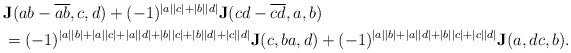
LaTeX: \begin{align*}\begin{aligned}&\mathbf{J}(ab-\overline{ab},c,d)+(-1)^{|a||c|+|b||d|}\mathbf{J}(cd-\overline{cd},a,b)\\&=(-1)^{|a||b|+|a||c|+|a||d|+|b||c|+|b||d|+|c||d|}\mathbf{J}(c,ba,d)+(-1)^{|a||b|+|a||d|+|b||c|+|c||d|}\mathbf{J}(a,dc,b).\end{aligned}\end{align*}